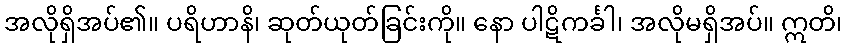
အလိုရှိအပ်၏။ ပရိဟာနိ၊ ဆုတ်ယုတ်ခြင်းကို။ နော ပါဋိကင်္ခါ၊ အလိုမရှိအပ်။ ဣတိ၊